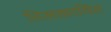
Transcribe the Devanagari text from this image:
तिलकायित